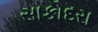
સાકોદરા